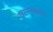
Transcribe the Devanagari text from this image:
वरूनच्या